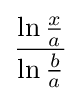
{\frac {\ln {\frac {x}{a}}}{\ln {\frac {b}{a}}}}